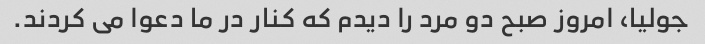
جولیا، امروز صبح دو مرد را دیدم که کنار در ما دعوا می کردند.